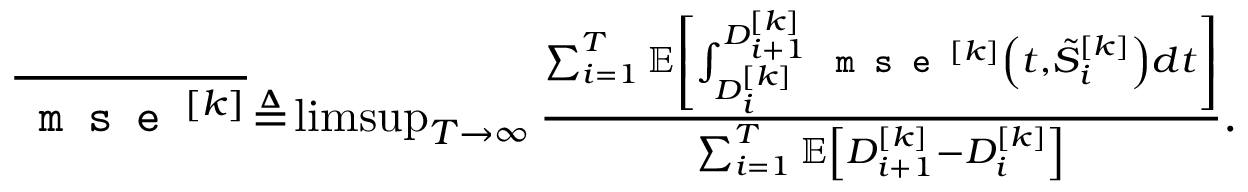
\begin{array} { r } { \overline { { \texttt { m s e } ^ { [ k ] } } } \! \triangleq \! \operatorname* { l i m s u p } _ { T \rightarrow \infty } \frac { \sum _ { i = 1 } ^ { T } { \mathbb { E } } \left[ \int _ { D _ { i } ^ { [ k ] } } ^ { D _ { i + 1 } ^ { [ k ] } } \texttt { m s e } ^ { [ k ] } \left( t , \tilde { S } _ { i } ^ { [ k ] } \right) d t \right] } { \sum _ { i = 1 } ^ { T } \mathbb { E } \left[ D _ { i + 1 } ^ { [ k ] } - D _ { i } ^ { [ k ] } \right] } . } \end{array}